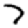
Digit: 7